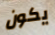
يكون